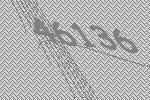
46136